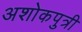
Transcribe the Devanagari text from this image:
अशोकपुत्री